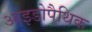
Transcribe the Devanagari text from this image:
आइडोपैथिक